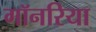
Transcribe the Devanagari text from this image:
गॉनरिया